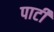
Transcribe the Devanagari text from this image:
पार्टीं